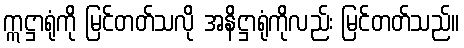
ဣဋ္ဌာရုံကို မြင်တတ်သလို အနိဋ္ဌာရုံကိုလည်း မြင်တတ်သည်။